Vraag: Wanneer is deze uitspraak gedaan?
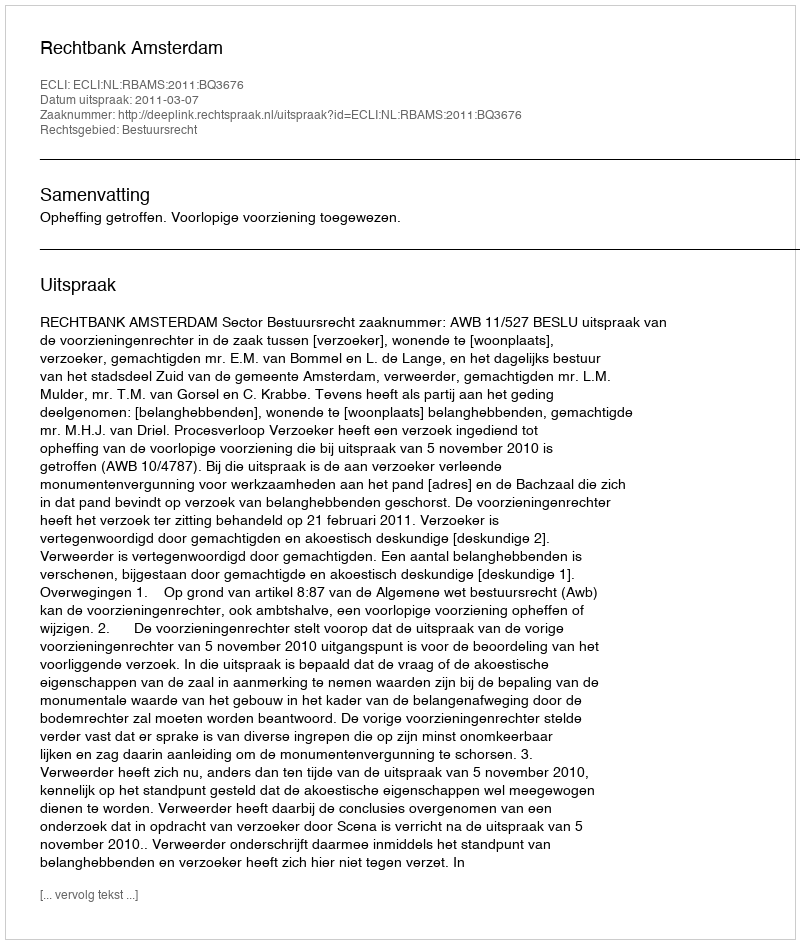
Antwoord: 2011-03-07